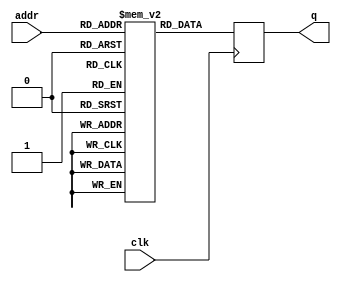
// Quartus Prime Verilog Template
// Single Port ROM

module Rx_ROM
#(parameter DATA_WIDTH=8, parameter ADDR_WIDTH=6)
(
	input [(ADDR_WIDTH-1):0] addr,
	input clk, 
	output reg [(DATA_WIDTH-1):0] q
);

	// Declare the ROM variable
	(* ramstyle = "M9K" *) reg [DATA_WIDTH-1:0] rom[2**ADDR_WIDTH-1:0];

	// Initialize the ROM with $readmemb.  Put the memory contents
	// in the file single_port_rom_init.txt.  Without this file,
	// this design will not compile.

	// See Verilog LRM 1364-2001 Section 17.2.8 for details on the
	// format of this file, or see the "Using $readmemb and $readmemh"
	// template later in this section.

	initial
	begin
		rom[0]=8'b00010010;
		rom[1]=8'b00110100;
		rom[2]=8'b01010110;
		rom[3]=8'b01010110;
		rom[4]=8'b01111000;
		rom[5]=8'b01111000;
		rom[6]=8'b01111000;
		rom[7]=8'b01111000;
		rom[8]=8'b01111000;
		rom[9]=8'b01111000;
		rom[10]=8'b01111000;
		rom[11]=8'b01111000;
		rom[12]=8'b01111000;
		rom[13]=8'b01111000;
		rom[14]=8'b01111000;
		rom[15]=8'b01111000;
		rom[16]=8'b01111000;
		rom[17]=8'b01111000;
		rom[18]=8'b01111000;
		rom[19]=8'b01111000;
		rom[20]=8'b01111000;
		rom[21]=8'b01111000;
		rom[22]=8'b01111000;
		rom[23]=8'b01111000;
		rom[24]=8'b01111000;
		rom[25]=8'b01111000;
		rom[26]=8'b01111000;
		rom[27]=8'b01111000;
		rom[28]=8'b01111000;
		rom[29]=8'b01111000;
		rom[30]=8'b01111000;
		rom[31]=8'b01111000;
		rom[32]=8'b01111000;
		rom[33]=8'b01111000;
		rom[34]=8'b01111000;
		rom[35]=8'b01111000;
		rom[36]=8'b01111000;
		rom[37]=8'b01111000;
		rom[38]=8'b01111000;
		rom[39]=8'b01111000;
		rom[40]=8'b01111000;
		rom[41]=8'b01111000;
		rom[42]=8'b01111000;
		rom[43]=8'b01111000;
		rom[44]=8'b01111000;
		rom[45]=8'b01111000;
		rom[46]=8'b01111000;
		rom[47]=8'b01111000;
		rom[48]=8'b01111000;
		rom[49]=8'b01111000;
		rom[50]=8'b01111000;
		rom[51]=8'b01111000;
		rom[52]=8'b01111000;
		rom[53]=8'b01111000;
		rom[54]=8'b01111000;
		rom[55]=8'b01111000;
		rom[56]=8'b01111000;
		rom[57]=8'b00010001;
		rom[58]=8'b00100010;
		rom[59]=8'b01000100;
		rom[60]=8'b00010001;
		rom[61]=8'b01111000;
		rom[62]=8'b01111000;
		rom[63]=8'b01111000;

		//$readmemb("RX_ROM_data.txt", rom);
	end

	always @ (posedge clk)
	begin
		q <= rom[addr];
	end

endmodule